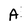
Character: A